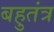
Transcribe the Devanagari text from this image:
बहुतंत्र